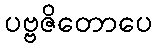
ပဗ္ဗဇိတောပေ